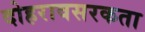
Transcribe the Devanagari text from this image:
दोहरावसरकता